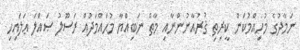
ނަމާދުގެ މުހިއްމުކަން ކީރިތި ޤުރުއާނުންނާއި މާތް ނަބިއްޔާ މުޙައްމަދުއް ރަސޫލު ޞައްލަ ޢަލައިހި